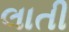
લાતી